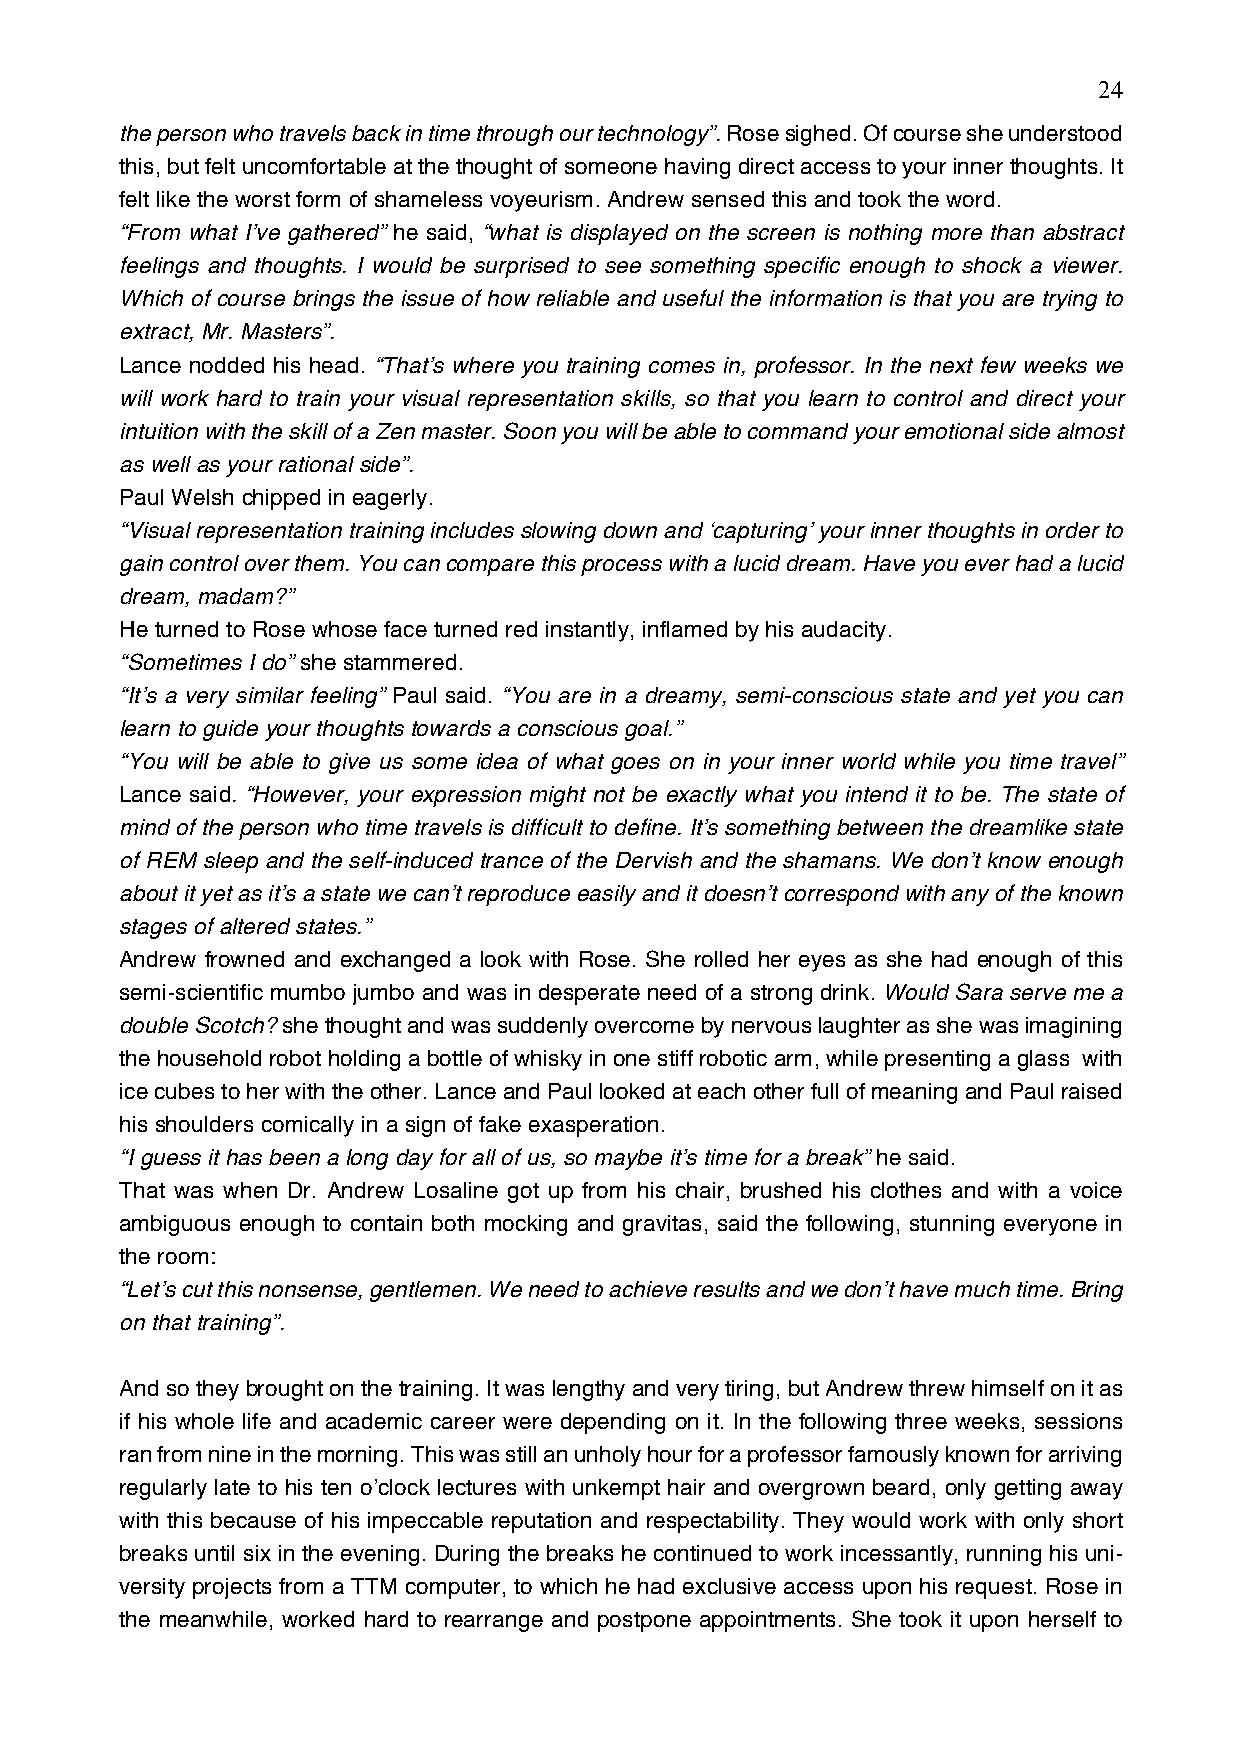
24
 the person who travels back in time through our technology”. Rose sighed. Of course she understood
 this, but felt uncomfortable at the thought of someone having direct access to your inner thoughts. It
 felt like the worst form of shameless voyeurism. Andrew sensed this and took the word.
 “From what I’ve gathered” he said, “what is displayed on the screen is nothing more than abstract
 feelings and thoughts. I would be surprised to see something specific enough to shock a viewer.
 Which of course brings the issue of how reliable and useful the information is that you are trying to
 extract, Mr. Masters”.
 Lance nodded his head. “That’s where you training comes in, professor. In the next few weeks we
 will work hard to train your visual representation skills, so that you learn to control and direct your
 intuition with the skill of a Zen master. Soon you will be able to command your emotional side almost
 as well as your rational side”.
 Paul Welsh chipped in eagerly.
 “Visual representation training includes slowing down and ‘capturing’ your inner thoughts in order to
 gain control over them. You can compare this process with a lucid dream. Have you ever had a lucid
 dream, madam?”
 He turned to Rose whose face turned red instantly, inflamed by his audacity.
 “Sometimes I do” she stammered.
 “It’s a very similar feeling” Paul said. “You are in a dreamy, semi-conscious state and yet you can
 learn to guide your thoughts towards a conscious goal.”
 “You will be able to give us some idea of what goes on in your inner world while you time travel”
 Lance said. “However, your expression might not be exactly what you intend it to be. The state of
 mind of the person who time travels is difficult to define. It’s something between the dreamlike state
 of REM sleep and the self-induced trance of the Dervish and the shamans. We don’t know enough
 about it yet as it’s a state we can’t reproduce easily and it doesn’t correspond with any of the known
 stages of altered states.”
 Andrew frowned and exchanged a look with Rose. She rolled her eyes as she had enough of this
 semi-scientific mumbo jumbo and was in desperate need of a strong drink. Would Sara serve me a
 double Scotch? she thought and was suddenly overcome by nervous laughter as she was imagining
 the household robot holding a bottle of whisky in one stiff robotic arm, while presenting a glass with
 ice cubes to her with the other. Lance and Paul looked at each other full of meaning and Paul raised
 his shoulders comically in a sign of fake exasperation.
 “I guess it has been a long day for all of us, so maybe it’s time for a break” he said.
 That was when Dr. Andrew Losaline got up from his chair, brushed his clothes and with a voice
 ambiguous enough to contain both mocking and gravitas, said the following, stunning everyone in
 the room:
 “Let’s cut this nonsense, gentlemen. We need to achieve results and we don’t have much time. Bring
 on that training”.
 And so they brought on the training. It was lengthy and very tiring, but Andrew threw himself on it as
 if his whole life and academic career were depending on it. In the following three weeks, sessions
 ran from nine in the morning. This was still an unholy hour for a professor famously known for arriving
 regularly late to his ten o’clock lectures with unkempt hair and overgrown beard, only getting away
 with this because of his impeccable reputation and respectability. They would work with only short
 breaks until six in the evening. During the breaks he continued to work incessantly, running his uni-
 versity projects from a TTM computer, to which he had exclusive access upon his request. Rose in
 the meanwhile, worked hard to rearrange and postpone appointments. She took it upon herself to